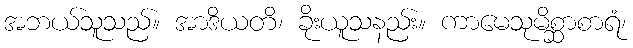
အဘယ်သူသည်။ အာဒိယတိ၊ ခိုးယူသနည်း။ ကာမေသုမိစ္ဆာစာရံ၊